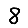
Digit: 8